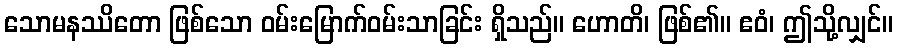
သောမနဿိတော ဖြစ်သော ဝမ်းမြောက်ဝမ်းသာခြင်း ရှိသည်။ ဟောတိ၊ ဖြစ်၏။ ဧဝံ၊ ဤသို့လျှင်။